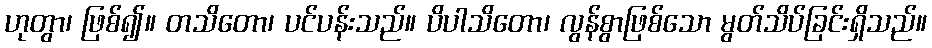
ဟုတွာ၊ ဖြစ်၍။ တသိတော၊ ပင်ပန်းသည်။ ပိပါသိတော၊ လွန်စွာဖြစ်သော မွတ်သိပ်ခြင်းရှိသည်။